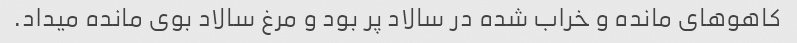
کاهو‌های مانده و خراب شده در سالاد پر بود و مرغ سالاد بوی مانده میداد.